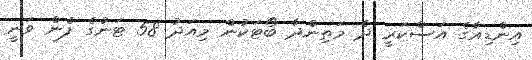
އިންޑިއާގެ އަސްކަރީ ދެ މަތިންދާ ބޯޓަކުން މިއަދު 58 ޓަނުގެ ފެން ވަނީ